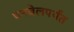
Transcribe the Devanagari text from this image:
पनवेलपर्यंत